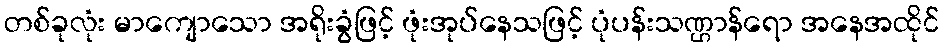
တစ်ခုလုံး မာကျောသော အရိုးခွံဖြင့် ဖုံးအုပ်နေသဖြင့် ပုံပန်းသဏ္ဌာန်ရော အနေအထိုင်